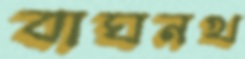
বাঘনখ